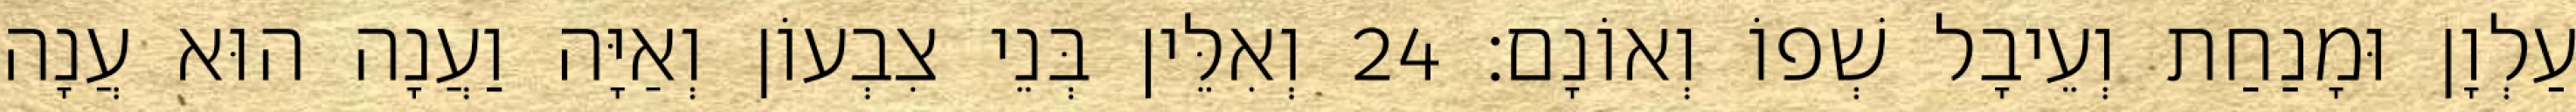
עַלְוָן וּמָנַחַת וְעֵיבָל שְׁפוֹ וְאוֹנָם׃ 24 וְאִלֵּין בְּנֵי צִבְעוֹן וְאַיָּה וַעֲנָה הוּא עֲנָה